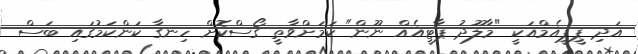
އަދި ޕީޕީއެމްއަކީ "މާލޫދު ޕާޓީއެއް ނޫން" ކަމަށްވާތީ ގޯސްކޮށް ހިނގާ ކަންކަމުގައި ބަސް